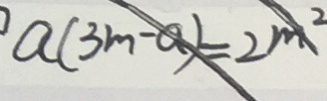
a ( 3 m - a ) = 2 m ^ { 2 }